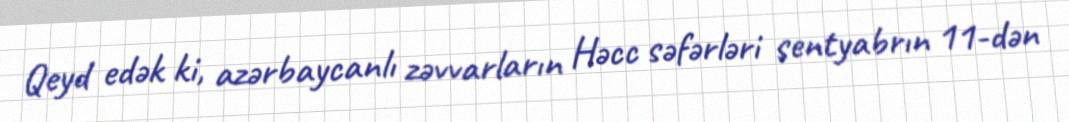
Qeyd edək ki, azərbaycanlı zəvvarların Həcc səfərləri sentyabrın 11-dən